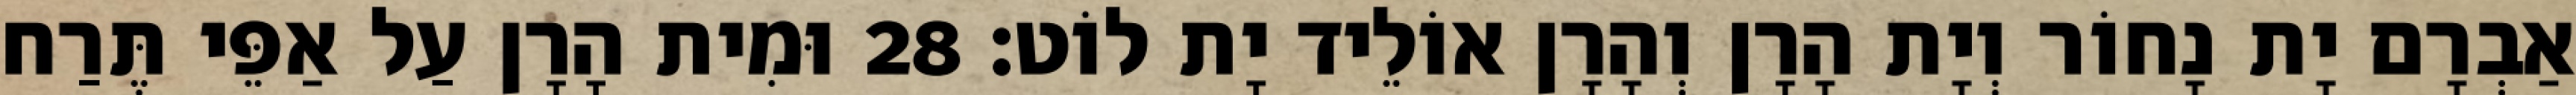
אַבְרָם יָת נָחוֹר וְיָת הָרָן וְהָרָן אוֹלֵיד יָת לוֹט׃ 28 וּמִית הָרָן עַל אַפֵּי תֶּרַח